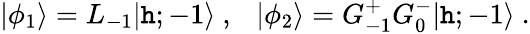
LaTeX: \vert\phi_{1}\rangle=L_{-1}\vert{\mathtt{h};-1}\rangle{}~,{}~{}~{}~\vert\phi_{2}\rangle=G_{-1}^{+}G_{0}^{-}\vert{\mathtt{h};-1}\rangle{}~.